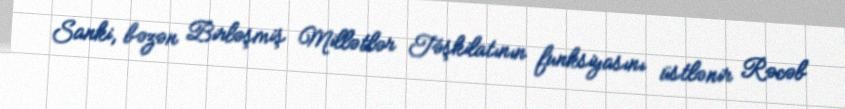
Sanki, bəzən Birləşmiş Millətlər Təşkilatının funksiyasını üstlənir Rəcəb